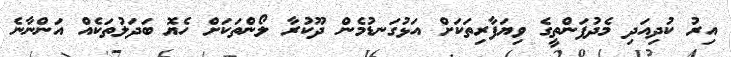
އިރު ކުދިއަދި މެދުފަންތީގެ ވިޔަފާރިތަކަށް އަޅުގަނޑުމެން ދޫކުރާ ލޯންތަކަށް ހެޔޮ ބަދަލުތަކެއް އަންނާނެ